Source: Handwritten
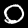
Digit: ၀ (0)